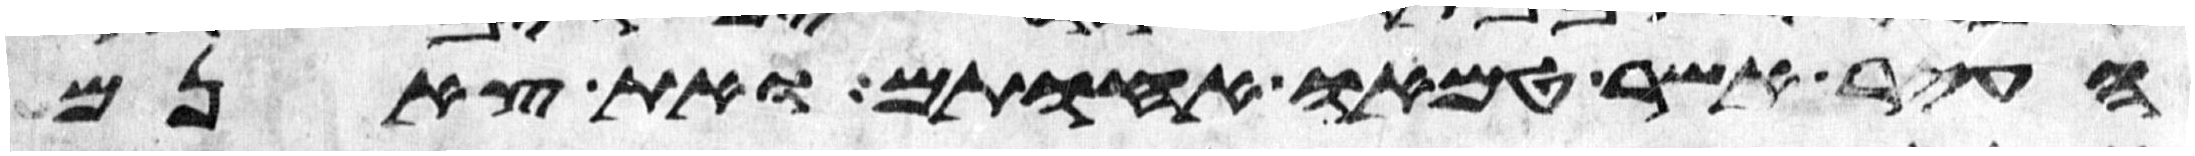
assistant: העיר אשר טמאו אחותם את צאנם